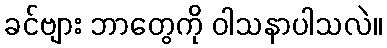
ခင်ဗျား ဘာတွေကို ဝါသနာပါသလဲ။